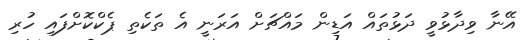
އޭނާ ވިދާޅުވީ ދަޅުތައް އަޑިން މައްޗަށް އަރަނީ އެ ތަކެތި ޕެކްކޮށްފައި ހުރި